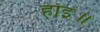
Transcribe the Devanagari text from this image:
होइ॥